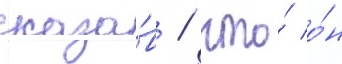
сказа́в / что́ о́н